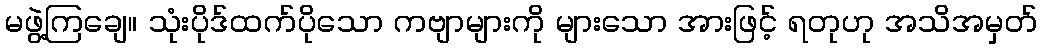
မဖွဲ့ကြချေ။ သုံးပိုဒ်ထက်ပိုသော ကဗျာများကို များသော အားဖြင့် ရတုဟု အသိအမှတ်